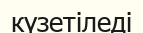
күзетіледі